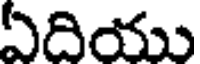
ఏదియు